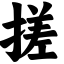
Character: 搓